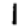
Digit: 1